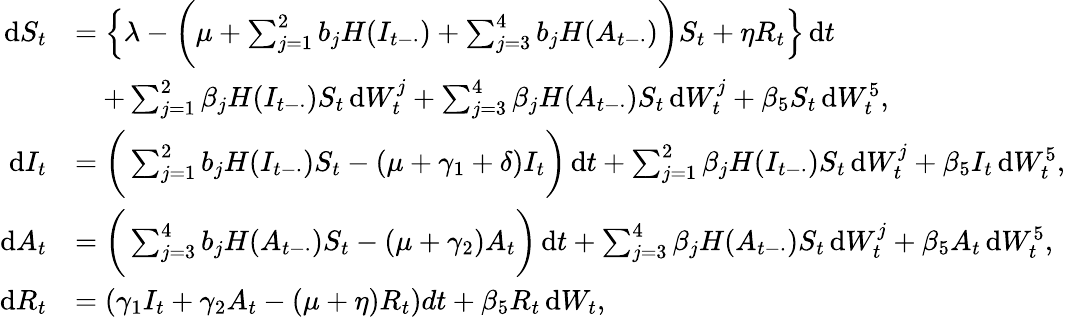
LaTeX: \begin{array}{rl}{\mathrm{d}S_{t}}&{=\left\{ \lambda-\bigg(\mu+\sum_{j=1}^{2}b_{j}H(I_{t-\cdot})+\sum_{j=3}^{4}b_{j}H(A_{t-\cdot})\bigg)S_{t}+\eta R_{t}\right\} \, \mathrm{d}t}\\ &{\quad+\sum_{j=1}^{2}\beta_{j}H(I_{t-\cdot})S_{t}\, \mathrm{d}W_{t}^{j}+\sum_{j=3}^{4}\beta_{j}H(A_{t-\cdot})S_{t}\, \mathrm{d}W_{t}^{j}+\beta_{5}S_{t}\, \mathrm{d}W_{t}^{5},}\\ {\mathrm{d}I_{t}}&{=\bigg(\sum_{j=1}^{2}b_{j}H(I_{t-\cdot})S_{t}-(\mu+\gamma_{1}+\delta)I_{t}\bigg)\, \mathrm{d}t+\sum_{j=1}^{2}\beta_{j}H(I_{t-\cdot})S_{t}\, \mathrm{d}W_{t}^{j}+\beta_{5}I_{t}\, \mathrm{d}W_{t}^{5},}\\ {\mathrm{d}A_{t}}&{=\bigg(\sum_{j=3}^{4}b_{j}H(A_{t-\cdot})S_{t}-(\mu+\gamma_{2})A_{t}\bigg)\, \mathrm{d}t+\sum_{j=3}^{4}\beta_{j}H(A_{t-\cdot})S_{t}\, \mathrm{d}W_{t}^{j}+\beta_{5}A_{t}\, \mathrm{d}W_{t}^{5},}\\ {\mathrm{d}R_{t}}&{=\left(\gamma_{1}I_{t}+\gamma_{2}A_{t}-(\mu+\eta)R_{t}\right)dt+\beta_{5}R_{t}\, \mathrm{d}W_{t},}\end{array}